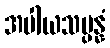
အပါယသမ္ပန္နံ